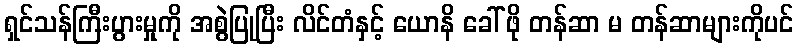
ရှင်သန်ကြီးပွားမှုကို အစွဲပြုပြီး လိင်တံနှင့် ယောနိ ခေါ် ဖို တန်ဆာ မ တန်ဆာများကိုပင်